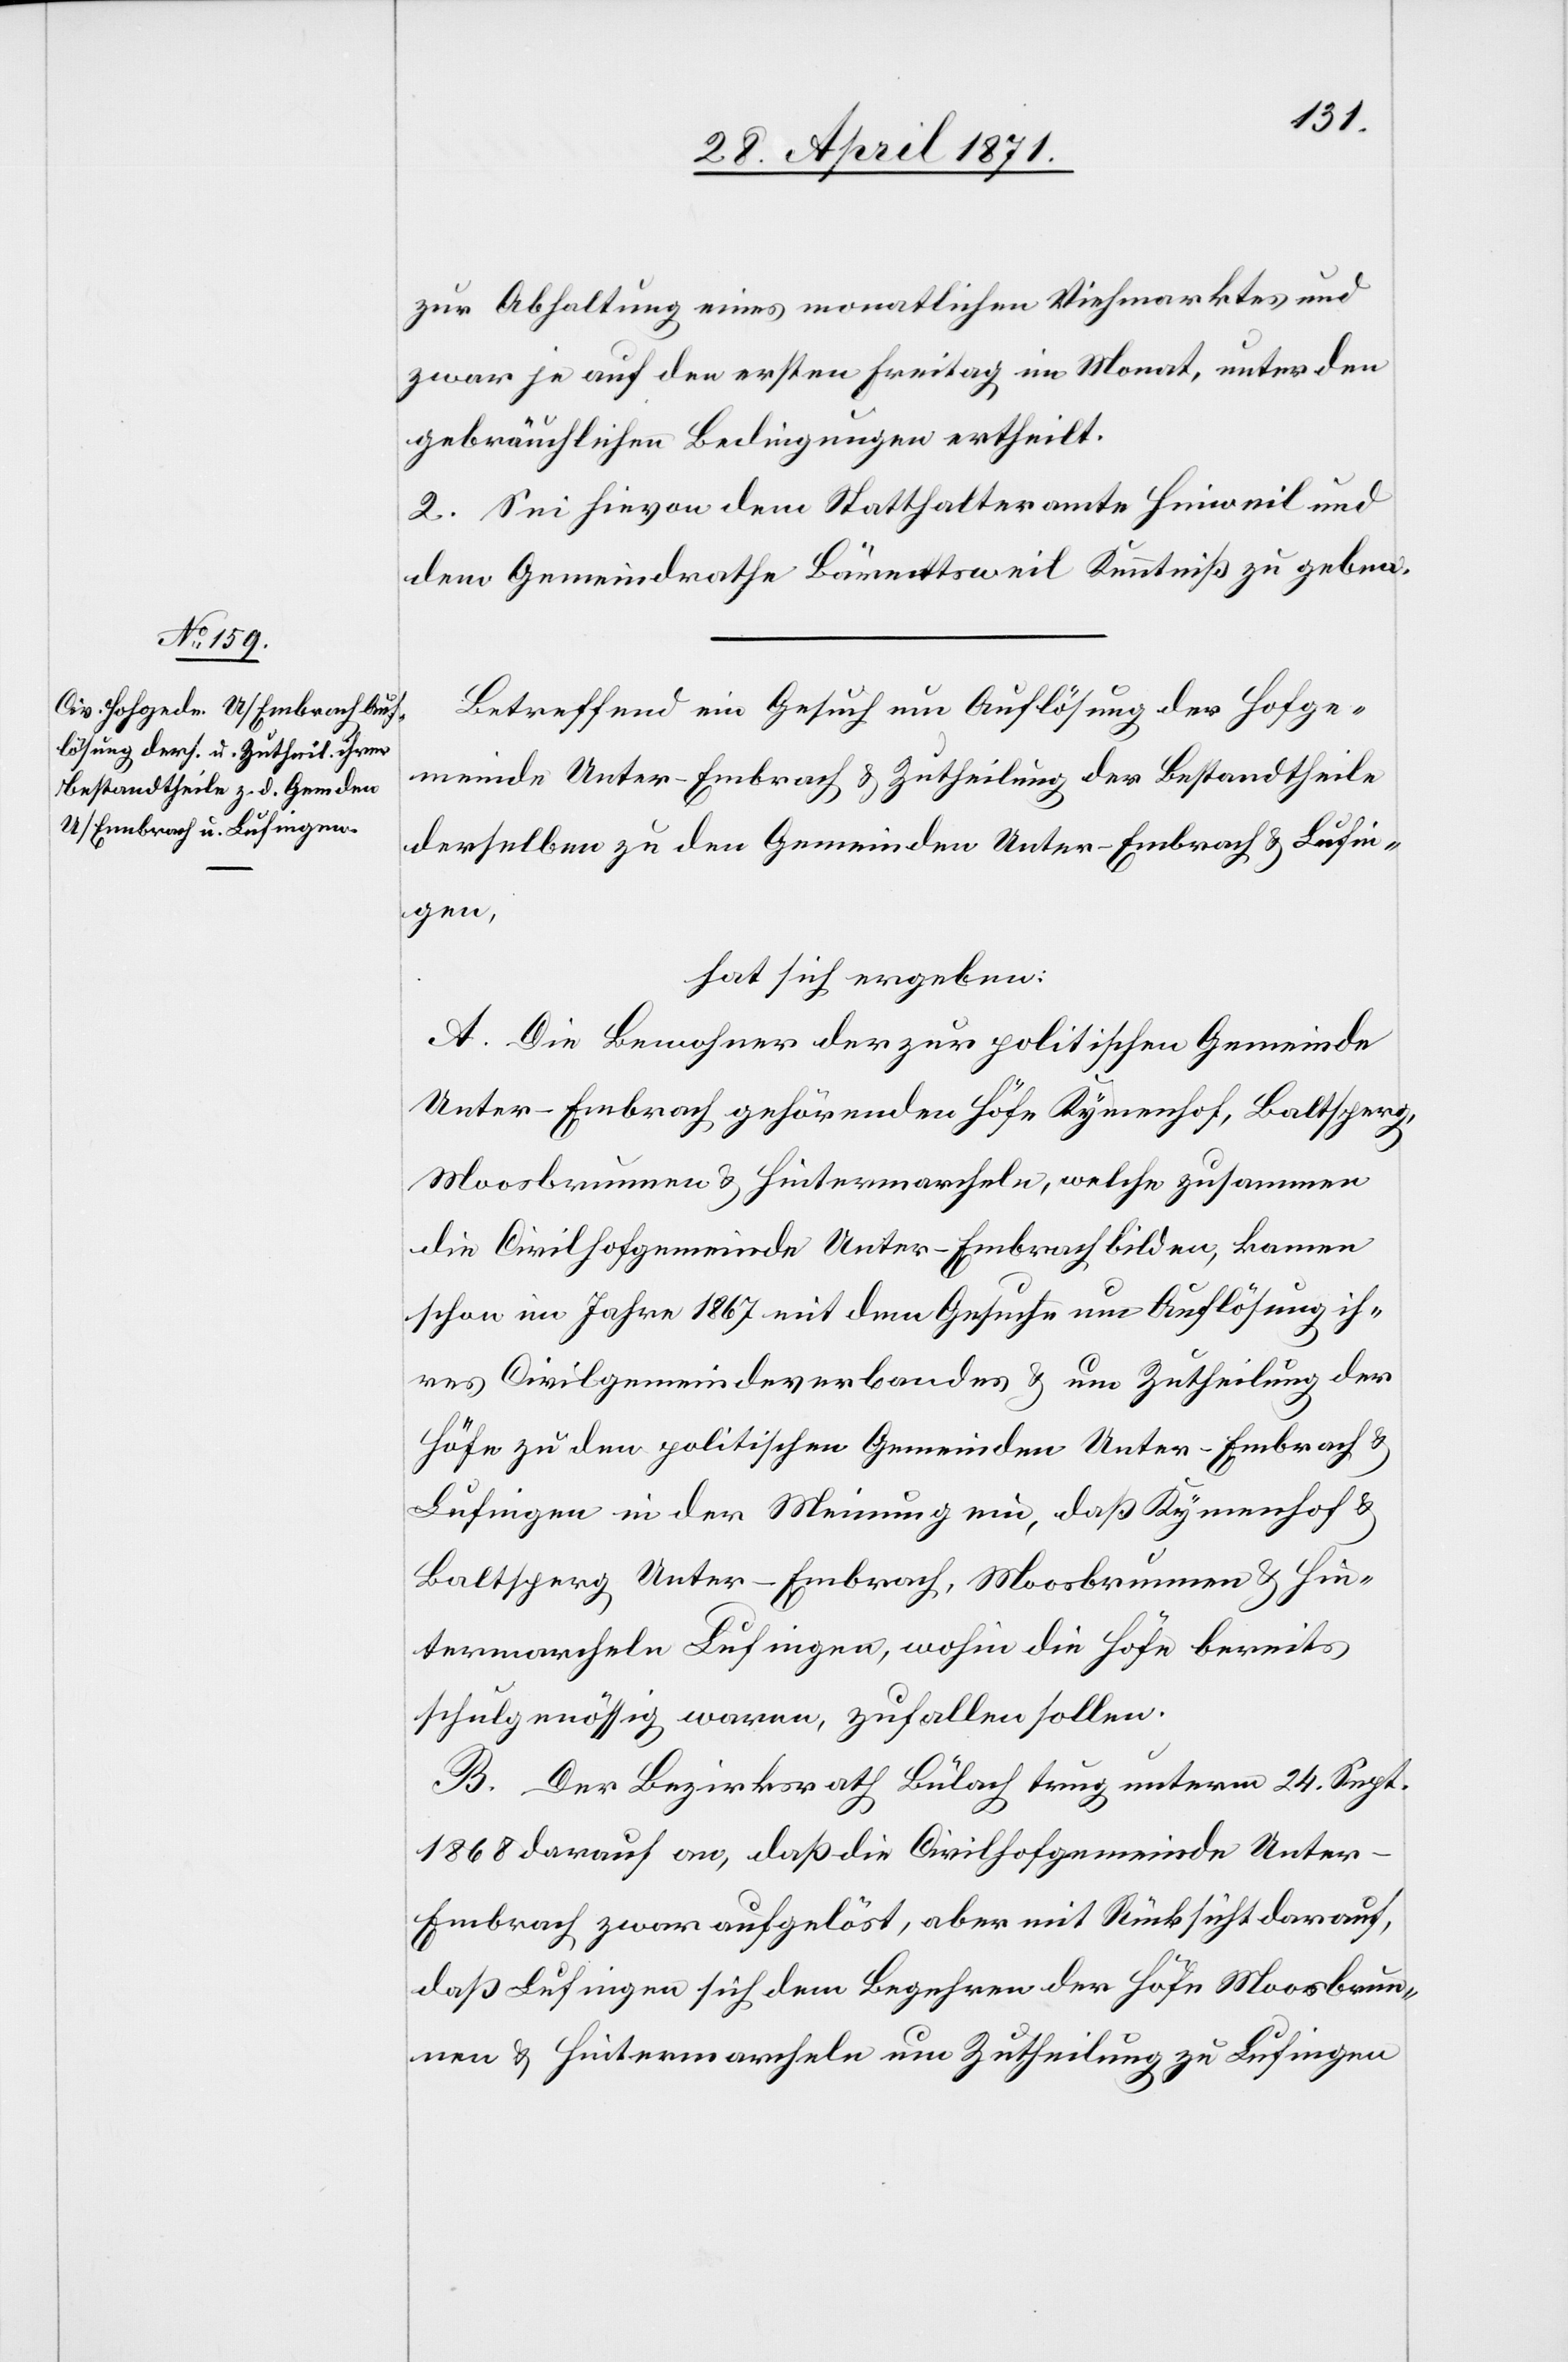
zur Abhaltung eines monatlichen Viehmarktes und
zwar je auf den ersten Freitag im Monat, unter den
gebräuchlichen Bedingungen ertheilt.
2. Sei hievon dem Statthalteramt Hinweil und
dem Gemeindrathe Bärentsweil Kenntniß zu geben.
Betreffend ein Gesuch um Auflösung der Hofge¬
meinde Unter-Embrach u. Zutheilung der Bestandtheile
derselben zu den Gemeinden Unter-Embrach u. Lufin¬
gen,
hat sich ergeben:
A. Die Bewohner der zur politischen Gemeinde
Unter-Embrach gehörenden Höfe Kymenhof, Baltsperg,
Moosbrunnen u. Hintermarcheln, welche zusammen
die Civilhofgemeinde Unter-Embrach bilden, kamen
schon im Jahre 1867 mit dem Gesuche um Auflösung ih¬
res Civilgemeindeverbandes u. um Zutheilung der
Höfe zu den politischen Gemeinden Unter-Embrach u.
Lufingen in der Meinung ein, daß Kymenhof u.
Baltsperg Unter-Embrach, Moosbrunnen u. Hin¬
termarcheln Lufingen, wohin die Höfe bereits
schulgenössig waren, zufallen sollen.
B. Der Bezirksrath Bülach trug unterm 24. Sept.
1868 darauf an, daß die Civilhofgemeinde Unte¬
r-Embrach zwar aufgelöst, aber mit Rücksicht darauf,
daß Lufingen sich dem Begehren der Höfe Moosbrun¬
nen, Hintermarcheln und Zutheilung zu Lufingen